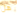
هل